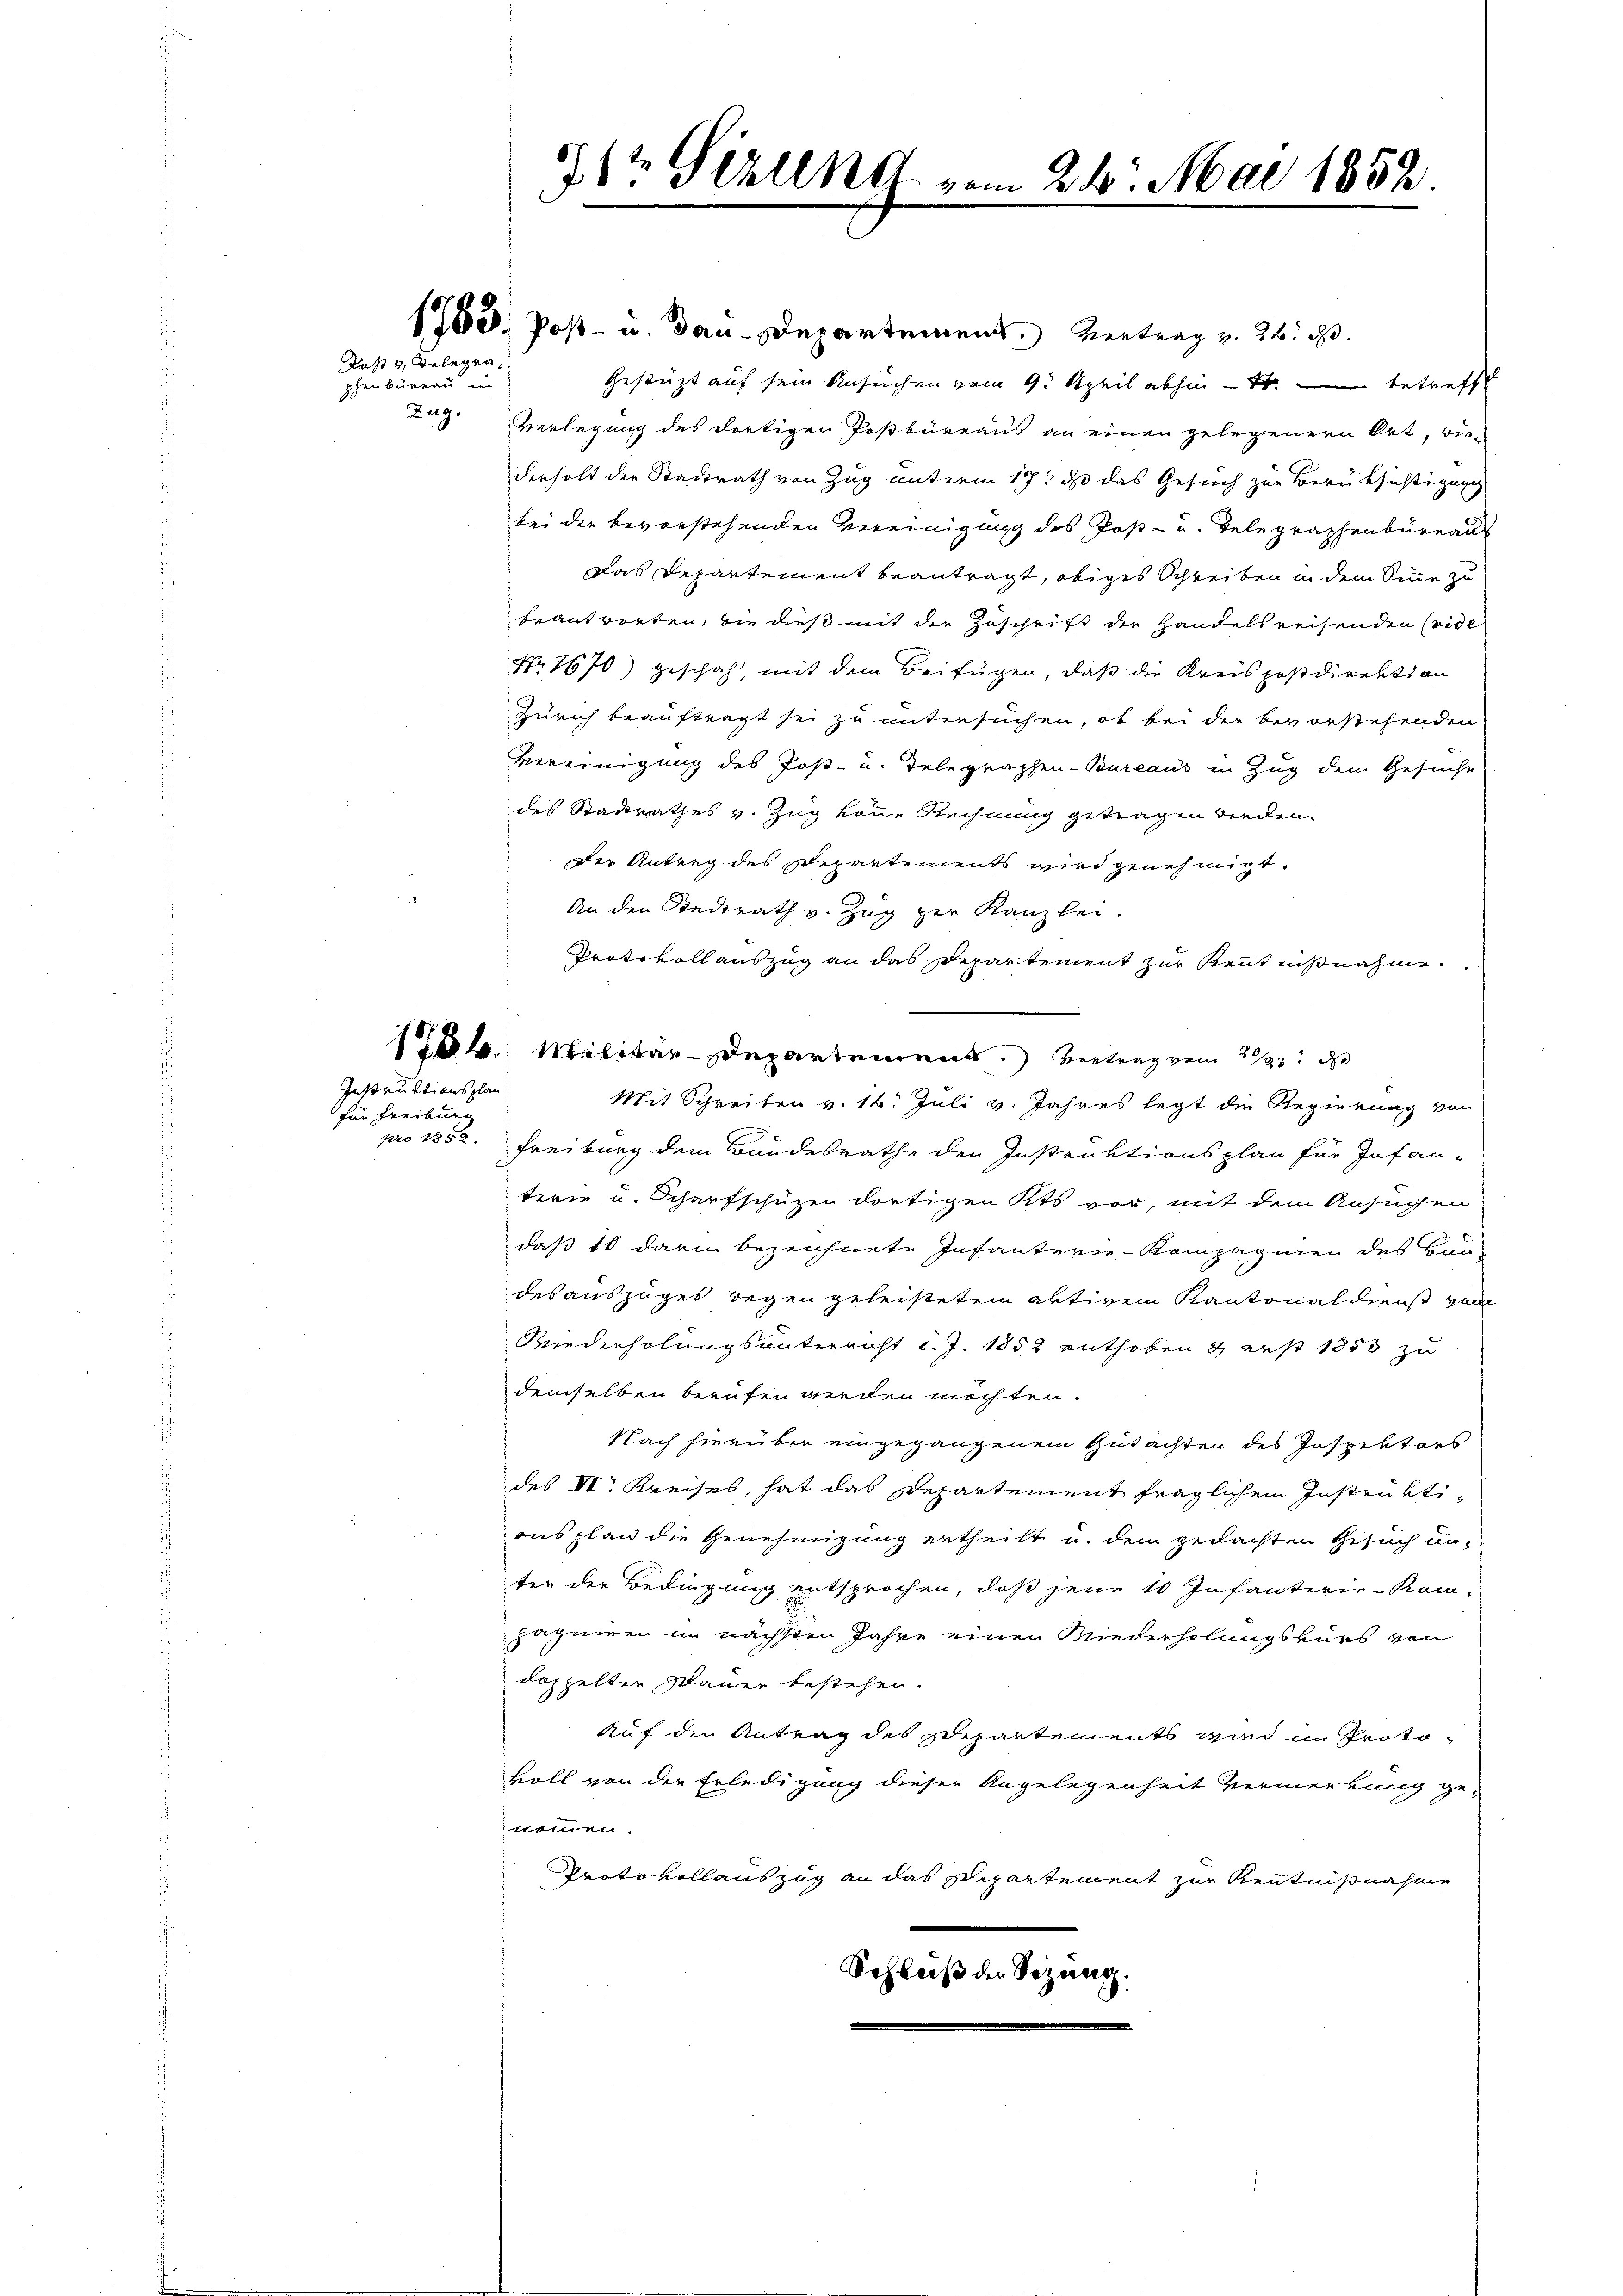
Das Belegen,
phenbüreau in
ZZug.

Instruktionsplan
für Freiburg
pro 1852.

71 Sizung

1753. Post- u. Bau-Departement. Vertrag v. 26. d.
Gestützt auf sein Ansuchen vom 9. April abhin - betreff
Verlegung des dortigen Poßbüreaus an einen gelegenern Ort, wie-
derholt der Stadtrath von Zug unterm 17t d das Gesuch zur Berüksichtigung
bei der bevorstehenden Vereinigung des Post- u. Telegraphenbüreau
Das Departement beantragt, obiges Schreiben in dem Sinne zu
beantworten, die dieß mit der Zuschrift der Handelsreisenden (vide
Nr 1670) geschah, mit dem Beifügen, daß die Kreis postdirektion
Zürich beauftragt sei zu untersuchen, ob bei der bevorstehenden
Vereinigung des Jost- u. Telegraphen-Bureaus in Zug dem Gesuche
des Stadtrathes v. Zug könne Rechnung getragen dencken.
Der Antrag des Departements wird genehmigt.
An den Raderath v. Zug zur Kanzlei.
Protokoll auszug an das Departement zur Kenntnißnahme
1786. Militar-Departement. Betrag von 2/3 d
Mit Schreiben v. 16. Juli v. Jahres legt die Regierung von
Freiburg dem Bundesrathe den Instruktionsplan für Infan-
terie u. Scharfschüzen dortigen Kts vor, mit dem Ansuchen
daß 10 darin bezeichnete Infanterie-Kompagnien des Bur-
des auszuges gegen geleisteten Aktiven Kantonaldienst von
Wiederholungsunterricht d. J. 1852 enthoben & erst 1850 zu
demselben berufen werden möchten.
Nach hierüber eingegangenem Gutachten des Inspektors
des II. Kreises, hat das Departement fraglichem Instruktionsplan die Genehmigung ertheilt u. dem gedachten Gesuch un-
ter der Bedingung entsprochen, daß jene 10 Infanterie-Rom-
Hagneren in nächsten Jahre einen Wiederholungskurs von
doppelter Mauer bestehen.
Auf den Antrag des Schartements wird in Protovoll von der Erledigung dieser Angelegenheit vermerkung ge-
nommen.
Protokollauszug an das Departement zur Kenntnißnahme
Schluß der Sizung.

vom 24. Mai 1857